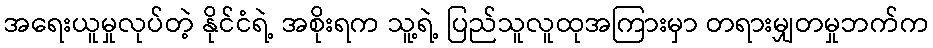
အရေးယူမှုလုပ်တဲ့ နိုင်ငံရဲ့ အစိုးရက သူ့ရဲ့ ပြည်သူလူထုအကြားမှာ တရားမျှတမှုဘက်က